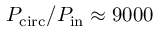
P _ { \mathrm { c i r c } } / P _ { \mathrm { i n } } \approx 9 0 0 0